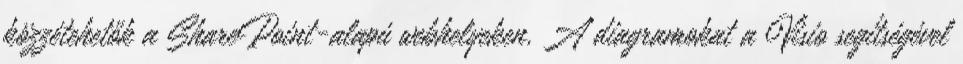
közzétehetők a SharePoint-alapú webhelyeken. A diagramokat a Visio segítségével